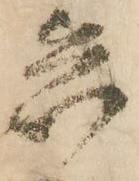
兵